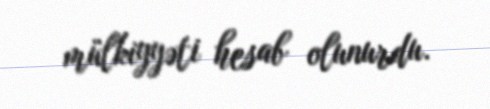
mülkiyyəti hesab olunurdu.